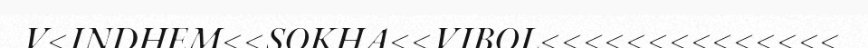
V<INDHEM<<SOKHA<<VIBOL<<<<<<<<<<<<<<